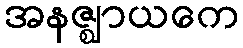
အနဇ္ဈာယကေ